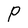
Character: P